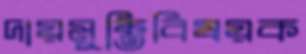
দায়মুক্তিবিষয়ক